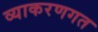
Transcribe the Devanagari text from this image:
व्याकरणगत